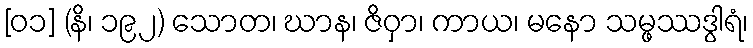
[၀၁] (နိ၊ ၁၉၂) သောတ၊ ဃာန၊ ဇိဝှာ၊ ကာယ၊ မနော သမ္ဖဿဒွါရံ၊